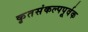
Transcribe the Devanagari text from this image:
कृतसंकल्पपूर्वक